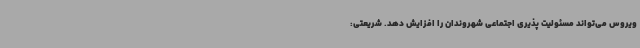
ویروس می‌تواند مسئولیت‌ پذیری اجتماعی شهروندان را افزایش دهد. شریعتی: